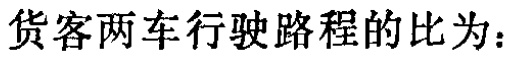
货客两车行驶路程的比为：